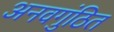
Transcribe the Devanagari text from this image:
अनवगुंठित